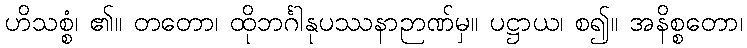
ဟိသစ္စံ၊ ၏။ တတော၊ ထိုဘင်္ဂါနုပဿနာဉာဏ်မှ။ ပဋ္ဌာယ၊ စ၍။ အနိစ္စတော၊